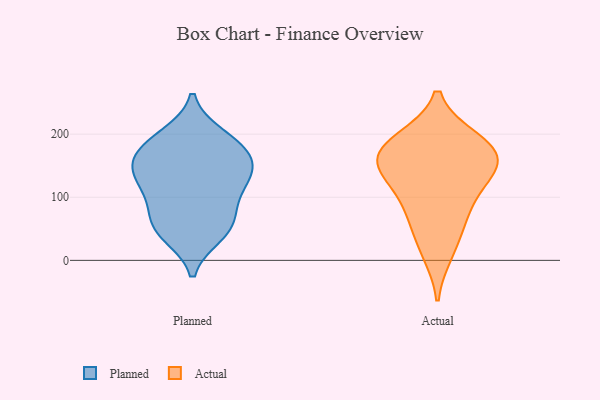
{"axis": {"x": "Net Income (USD K)", "y": "Value"}, "legend": ["Actual", "Planned"], "data": [{"x": "", "y": 137, "type": "Planned"}, {"x": "", "y": 51, "type": "Planned"}, {"x": "", "y": 41, "type": "Planned"}, {"x": "", "y": 166, "type": "Planned"}, {"x": "", "y": 52, "type": "Planned"}, {"x": "", "y": 185, "type": "Planned"}, {"x": "", "y": 68, "type": "Planned"}, {"x": "", "y": 104, "type": "Planned"}, {"x": "", "y": 149, "type": "Planned"}, {"x": "", "y": 184, "type": "Planned"}, {"x": "", "y": 132, "type": "Planned"}, {"x": "", "y": 104, "type": "Planned"}, {"x": "", "y": 197, "type": "Planned"}, {"x": "", "y": 147, "type": "Planned"}, {"x": "", "y": 84, "type": "Actual"}, {"x": "", "y": 191, "type": "Actual"}, {"x": "", "y": 152, "type": "Actual"}, {"x": "", "y": 145, "type": "Actual"}, {"x": "", "y": 142, "type": "Actual"}, {"x": "", "y": 160, "type": "Actual"}, {"x": "", "y": 13, "type": "Actual"}, {"x": "", "y": 179, "type": "Actual"}, {"x": "", "y": 100, "type": "Actual"}, {"x": "", "y": 51, "type": "Actual"}, {"x": "", "y": 187, "type": "Actual"}]}